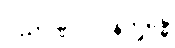
ဝိညာဏုပါဒါနက္ခန္ဓေ